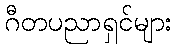
ဂီတပညာရှင်များ